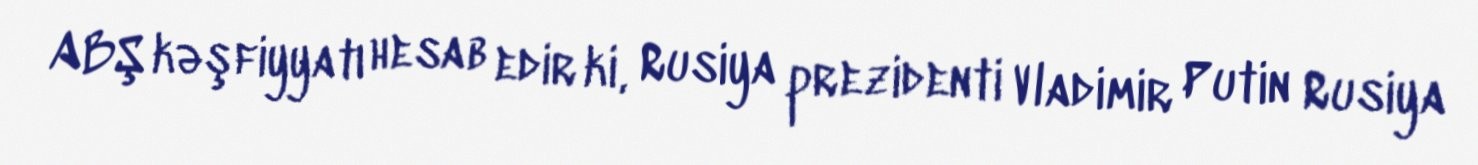
ABŞ kəşfiyyatı hesab edir ki, Rusiya prezidenti Vladimir Putin Rusiya